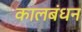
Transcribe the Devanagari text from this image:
कालबंधन